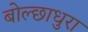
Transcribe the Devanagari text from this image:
बोल्छाधुरा